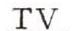
TV